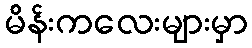
မိန်းကလေးများမှာ